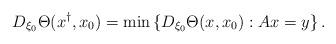
LaTeX: \begin{align*}D_{\xi_0}\Theta(x^\dag, x_0) = \min\left\{ D_{\xi_0} \Theta(x, x_0): A x =y\right\}.\end{align*}